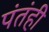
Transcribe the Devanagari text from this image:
पंतंही